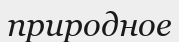
природное